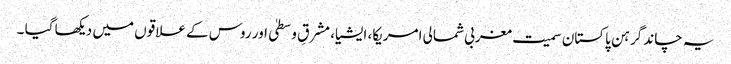
یہ چاند گرہن پاکستان سمیت مغربی شمالی امریکا، ایشیا، مشرقِ وسطیٰ اور روس کے علاقوں میں دیکھا گیا ۔